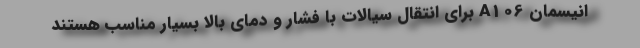
انیسمان A106 برای انتقال سیالات با فشار و دمای بالا بسیار مناسب هستند